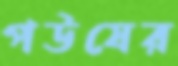
পউষের